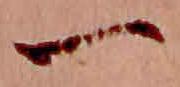
一